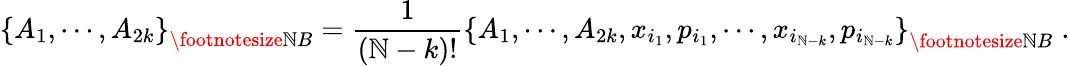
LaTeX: \left\{ A_{1},\cdots,A_{2k}\right\} _{{\footnotesize\mathbb{N}B}}=\frac{{1}}{{\left(\mathbb{N}-k\right)!}}\left\{ A_{1},\cdots,A_{2k},x_{i_{1}},p_{i_{1}},\cdots,x_{i_{\mathbb{N}-k}},p_{i_{\mathbb{N}-k}}\right\} _{{\footnotesize\mathbb{N}B}}\; .